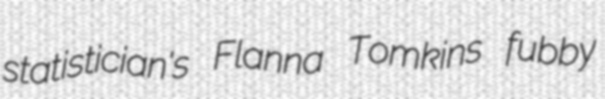
statistician's Flanna Tomkins fubby